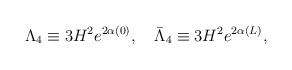
LaTeX: \begin{align*}\Lambda_4 \equiv 3H^2e^{2\alpha(0)}, \quad \bar{\Lambda}_4 \equiv 3H^2e^{2\alpha(L)}, \end{align*}